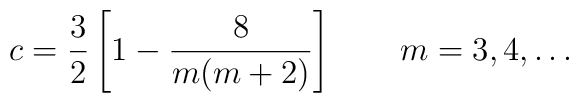
c=\frac{3}{2}\left[  1- \frac{8}{m(m+2)}\right] \qquad m=3,4,\ldots